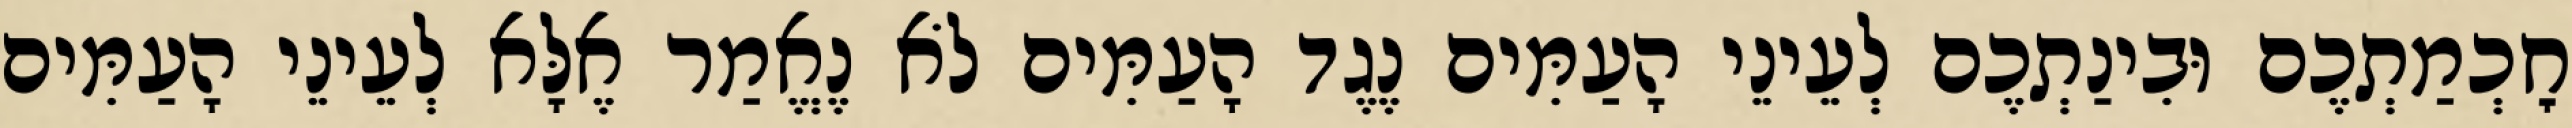
חׇכְמַתְכֶם וּבִינַתְכֶם לְעֵינֵי הָעַמִּים נֶגֶד הָעַמִּים לֹא נֶאֱמַר אֶלָּא לְעֵינֵי הָעַמִּים